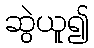
ဆွဲယူ၍